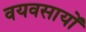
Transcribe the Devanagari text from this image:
वयवसायों